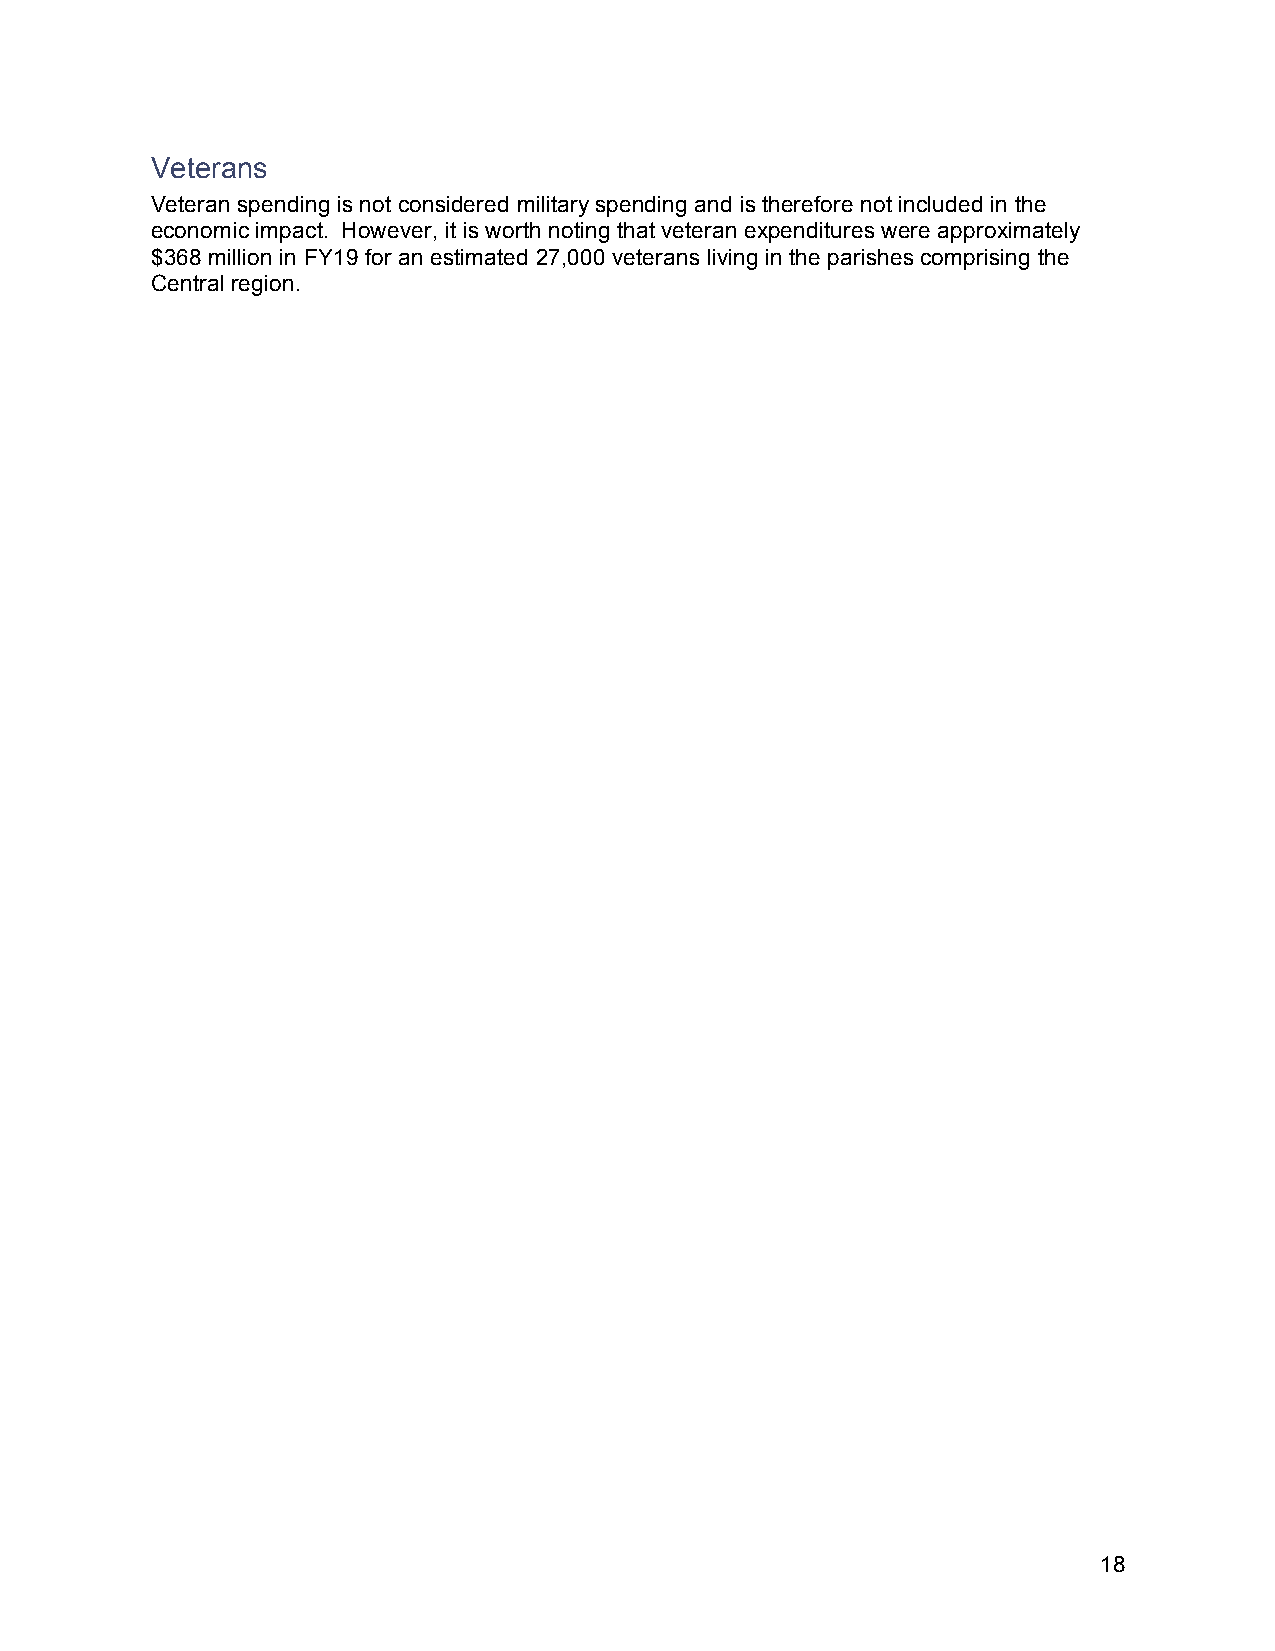
Veterans
 Veteran spending is not considered military spending and is therefore not included in the
 economic impact. However, it is worth noting that veteran expenditures were approximately
 $368 million in FY19 for an estimated 27,000 veterans living in the parishes comprising the
 Central region.
 18